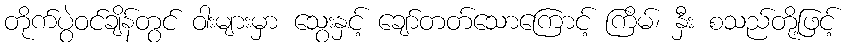
တိုက်ပွဲဝင်ချိန်တွင် ဝါးများမှာ သွေးနှင့် ချော်တတ်သောကြောင့် ကြိမ်၊ နှီး စသည်တို့ဖြင့်